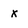
Character: x